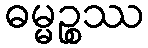
ဓမ္မဉ္စဿ